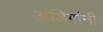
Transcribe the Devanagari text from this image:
अडिगांनी